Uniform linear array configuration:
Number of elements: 64
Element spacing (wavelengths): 1
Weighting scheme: uniform
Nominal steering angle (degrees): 0
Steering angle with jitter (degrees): -0.07052
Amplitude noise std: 0.05
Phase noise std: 0.05

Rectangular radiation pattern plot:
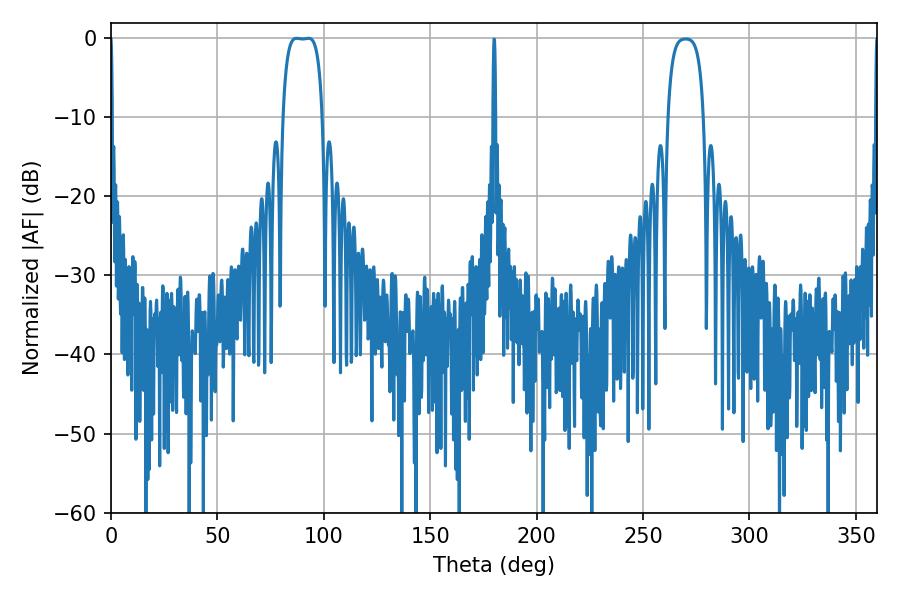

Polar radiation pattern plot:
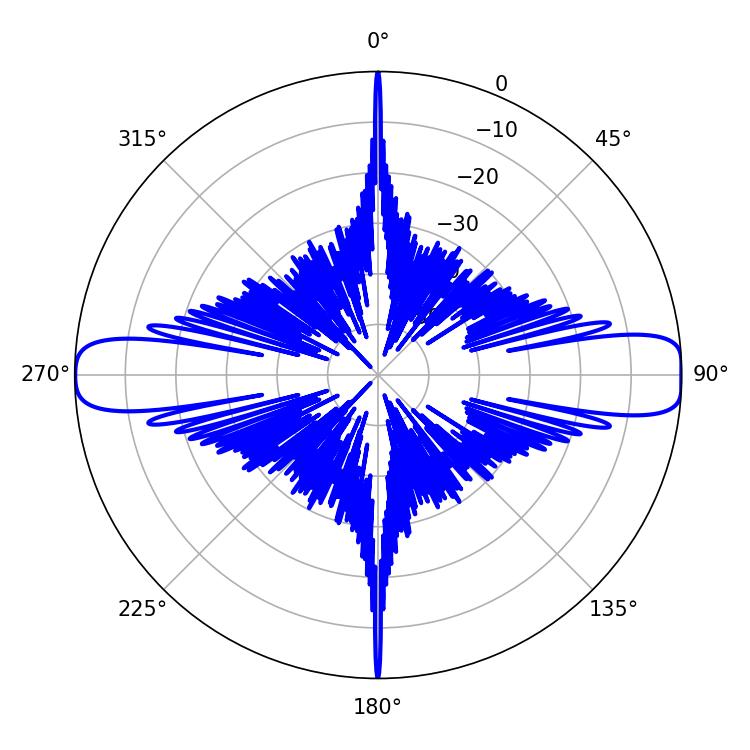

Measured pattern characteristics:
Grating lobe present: TRUE
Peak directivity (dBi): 16.427
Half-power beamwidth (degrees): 14.4
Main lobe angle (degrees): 87.12